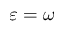
\varepsilon = \omega